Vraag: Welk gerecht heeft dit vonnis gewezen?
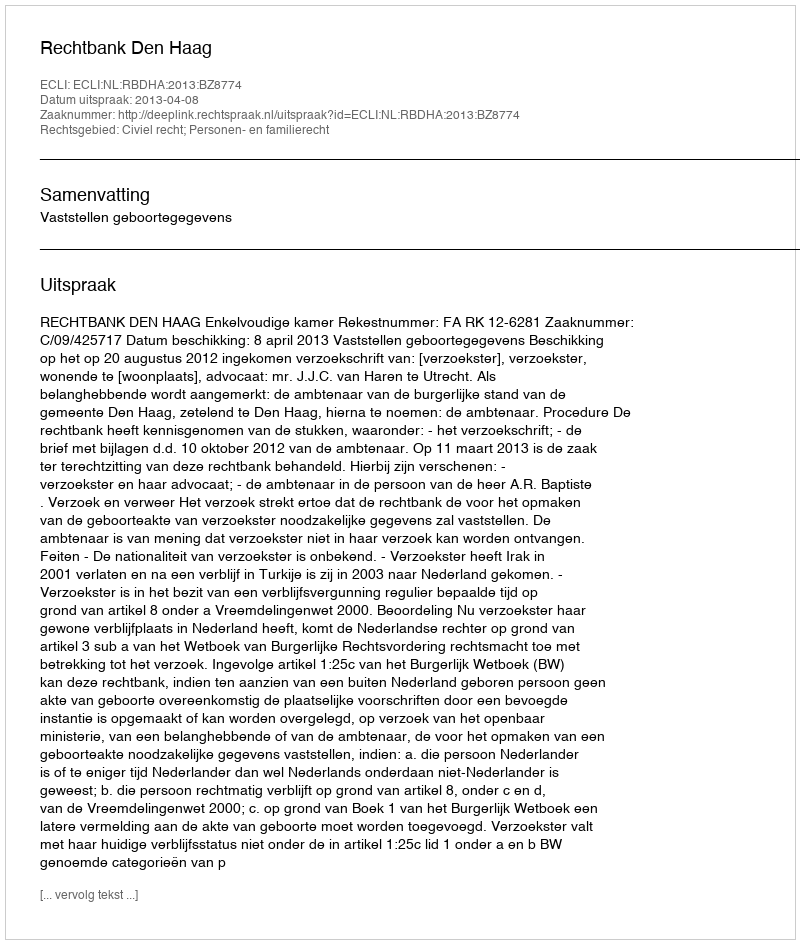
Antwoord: Rechtbank Den Haag